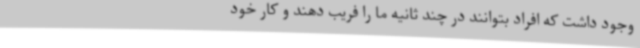
وجود داشت که افراد بتوانند در چند ثانیه ما را فریب دهند و کار خود